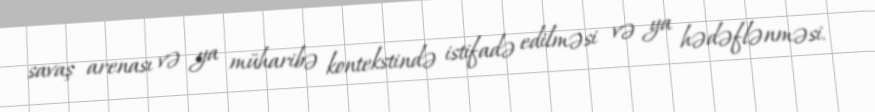
savaş arenası və ya müharibə kontekstində istifadə edilməsi və ya hədəflənməsi.